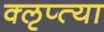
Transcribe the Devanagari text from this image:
क्‍ऌप्‍त्या